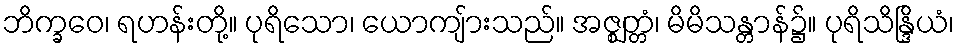
ဘိက္ခဝေ၊ ရဟန်းတို့။ ပုရိသော၊ ယောကျ်ားသည်။ အဇ္ဈတ္တံ၊ မိမိသန္တာန်၌။ ပုရိသိန္ဒြိယံ၊